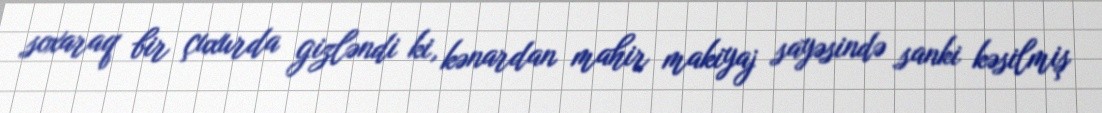
soxaraq bir çuxurda gizləndi ki, kənardan mahir makiyaj sayəsində sanki kəsilmiş